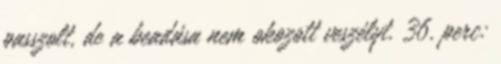
passzolt, de a beadása nem okozott veszélyt. 36. perc: